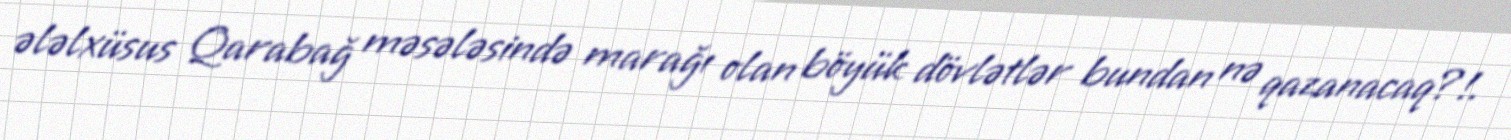
ələlxüsus Qarabağ məsələsində marağı olan böyük dövlətlər bundan nə qazanacaq?!.